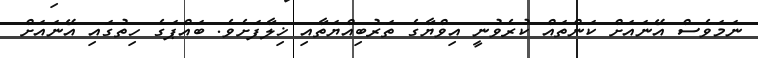
ނަމަވެސް އޭނައަށް ކަންތައް ކުރެވުނީ އިވްޔާގެ ތަރުބިއްޔަތާއި ޚިލާފަށެވެ. ބައްޕަގެ ހިތުގައި އޭނައަށް